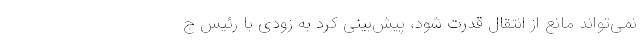
نمی‌تواند مانع از انتقال قدرت شود، پیش‌بینی کرد به زودی با رئیس ج